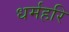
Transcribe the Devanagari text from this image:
धर्महरि